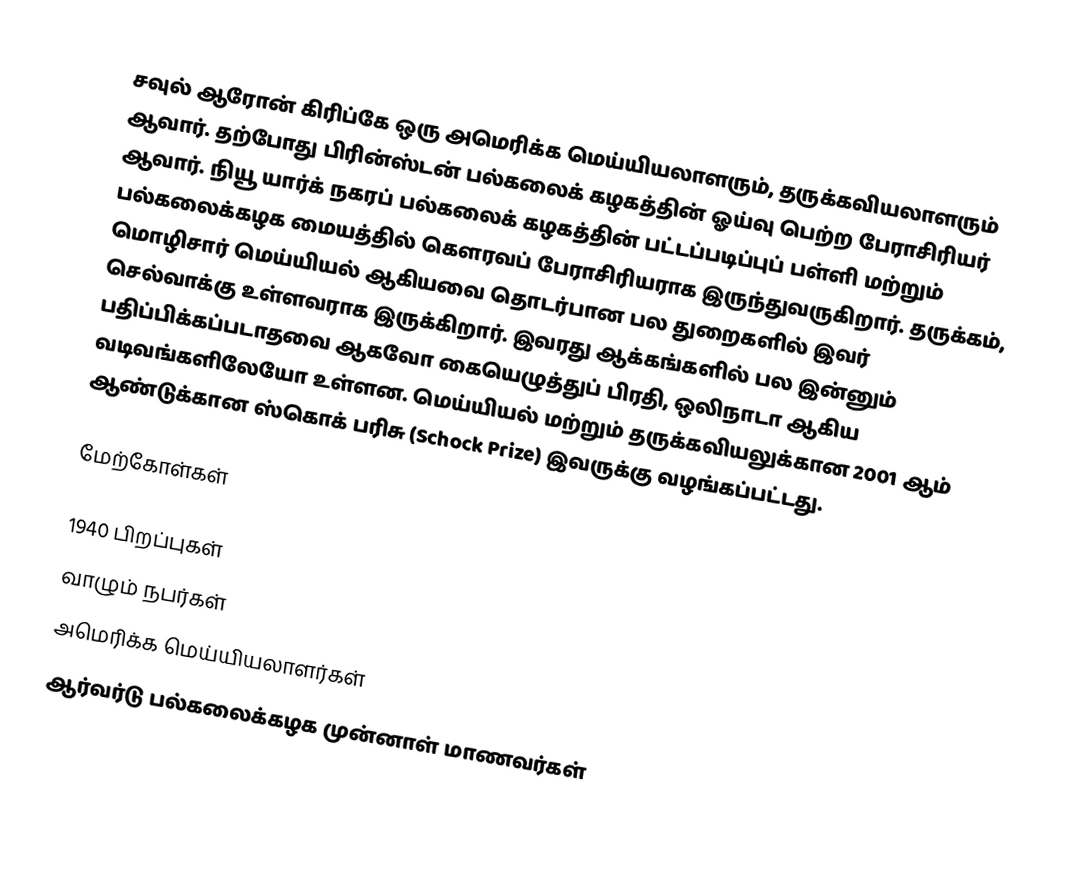
சவுல் ஆரோன் கிரிப்கே ஒரு அமெரிக்க மெய்யியலாளரும், தருக்கவியலாளரும் ஆவார். தற்போது பிரின்ஸ்டன் பல்கலைக் கழகத்தின் ஓய்வு பெற்ற பேராசிரியர் ஆவார். நியூ யார்க் நகரப் பல்கலைக் கழகத்தின் பட்டப்படிப்புப் பள்ளி மற்றும் பல்கலைக்கழக மையத்தில் கௌரவப் பேராசிரியராக இருந்துவருகிறார். தருக்கம், மொழிசார் மெய்யியல் ஆகியவை தொடர்பான பல துறைகளில் இவர் செல்வாக்கு உள்ளவராக இருக்கிறார். இவரது ஆக்கங்களில் பல இன்னும் பதிப்பிக்கப்படாதவை ஆகவோ கையெழுத்துப் பிரதி, ஒலிநாடா ஆகிய வடிவங்களிலேயோ உள்ளன. மெய்யியல் மற்றும் தருக்கவியலுக்கான 2001 ஆம் ஆண்டுக்கான ஸ்கொக் பரிசு (Schock Prize) இவருக்கு வழங்கப்பட்டது.

மேற்கோள்கள்

1940 பிறப்புகள்
வாழும் நபர்கள்
அமெரிக்க மெய்யியலாளர்கள்
ஆர்வர்டு பல்கலைக்கழக முன்னாள் மாணவர்கள்